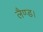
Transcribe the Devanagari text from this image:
लैण्ड।